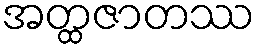
အတ္ထဇာတဿ